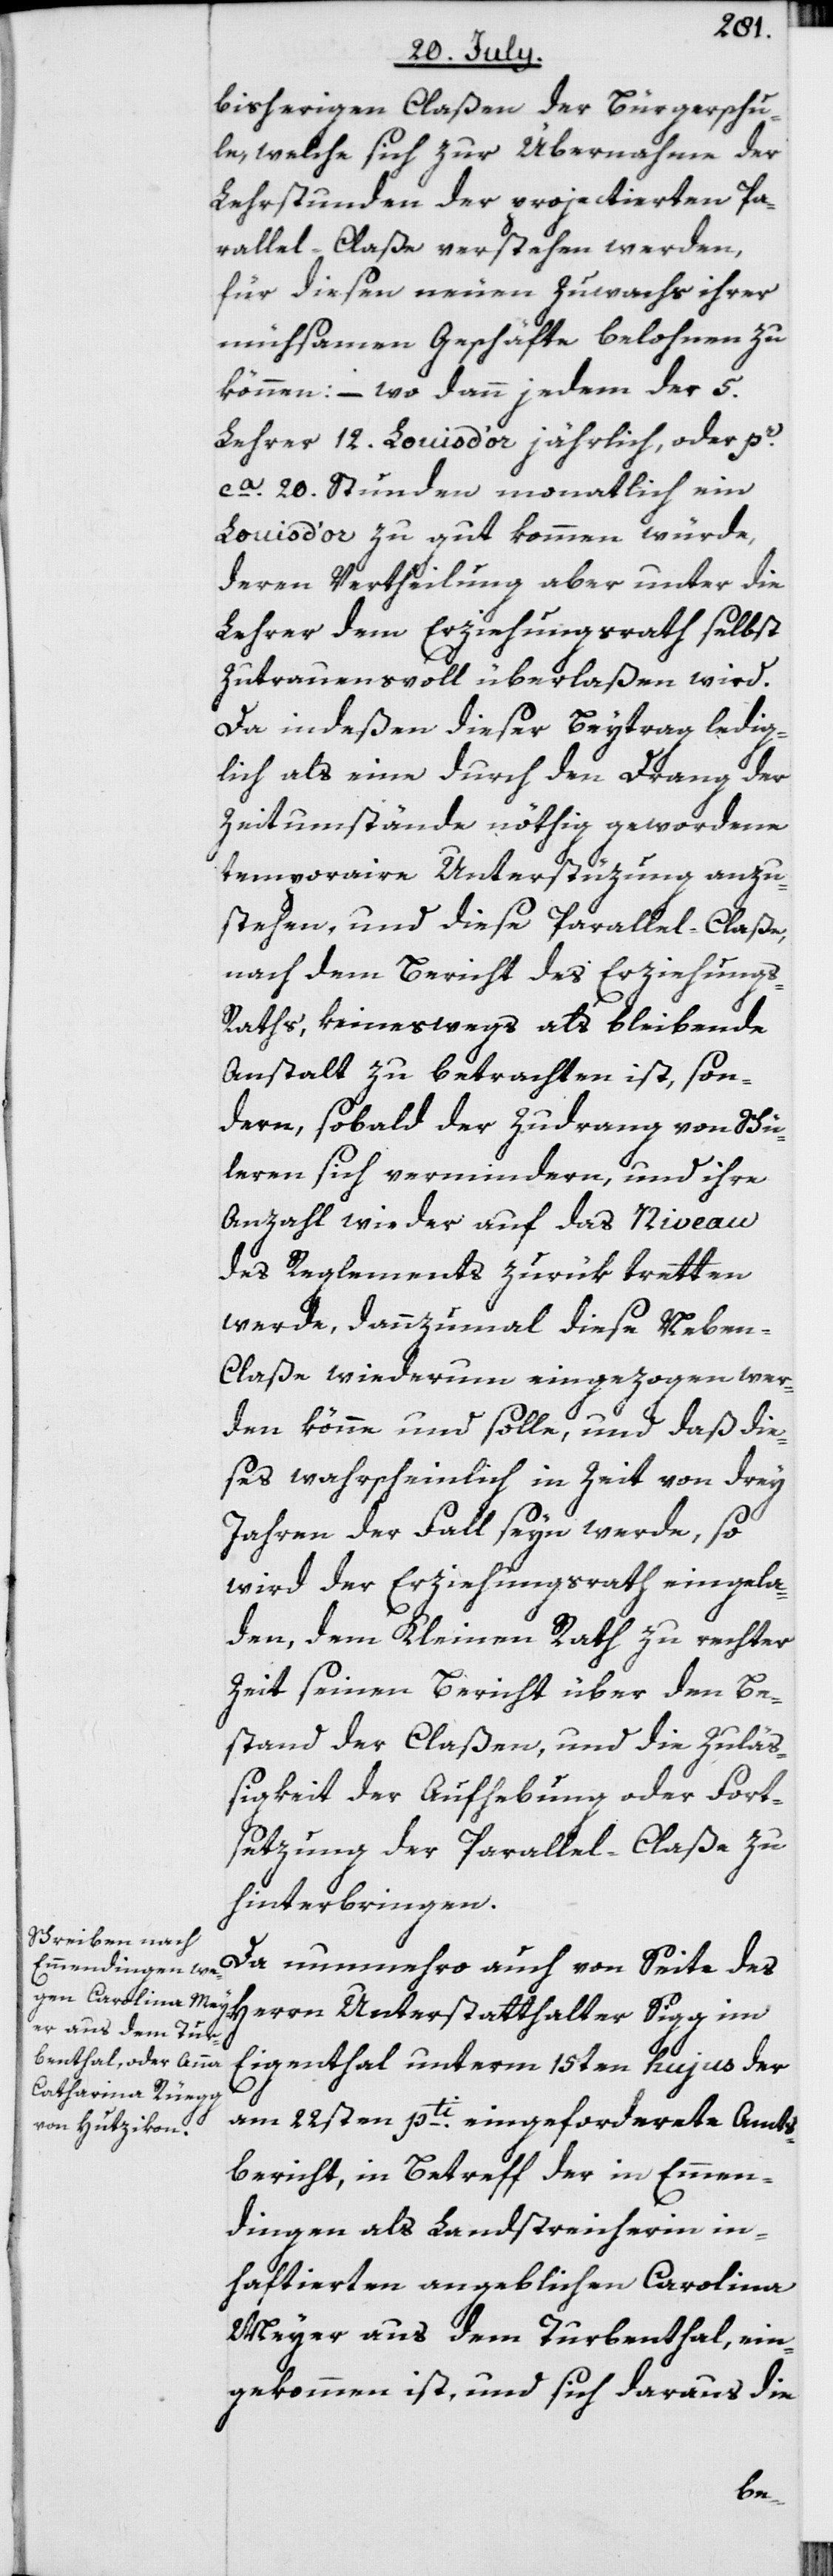
bisherigen Claßen der Bürgerschu¬
le, welche sich zur Übernahme der
Lehrstunden der projectierten Pa¬
rallel-Claße verstehen werden,
für diesen neuen Zuwachs ihrer
mühsamen Geschäfte belohnen zu
können: – wo dann jedem der 5.
Lehrer 12. Louis d’or jährlich, oder pr.
ca. 20. Stunden monatlich ein
Louis d’or zu gut kommen würde,
deren Vertheilung aber unter die
Lehrer dem Erziehungsrath selbst
zutrauensvoll überlaßen wird.
Da indeßen dieser Beytrag ledig¬
lich als eine durch den Drang der
Zeitumstände nöthig gewordene
temporaire Unterstüzung anzu¬
stehen, und diese Parallel-Claße,
nach dem Bericht des Erziehung¬
s-Raths, keineswegs als bleibende
Anstalt zu betrachten ist, son¬
dern, sobald der Zudrang von Schü¬
leren sich vermindern, und ihre
Anzahl wieder auf das Niveau
des Reglements zurük tretten
werde, dannzumal diese Nebe¬
n-Claße wiederum eingezogen wer¬
den könne und solle, und daß die¬
ses wahrscheinlich in Zeit von drey
Jahren der Fall seyn werde, so
wird der Erziehungsrath eingela¬
den, dem Kleinen Rath zu rechter
Zeit seinen Bericht über den Be¬
stand der Claßen, und die Zuläß¬
igkeit der Aufhebung oder Fort¬
setzung der Parallel-Claße zu
hinterbringen.
Da nunmehro auch von Seite des
Herrn Unterstatthalter Sigg im
Eigenthal unterm 15ten hujus der
am 22sten pti. eingeforderete Amts¬
bericht, in Betreff der in Emmen¬
dingen als Landstreicherin in¬
haftierten angeblichen Carolina
Meyer aus dem Turbenthal, ein¬
gekommen ist, und sich daraus die